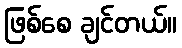
ဖြစ်စေ ချင်တယ်။